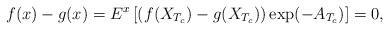
\begin{align*}f(x)-g(x)=E^x\left[(f(X_{T_c})-g(X_{T_c}))\exp(-A_{T_c})\right]=0,\end{align*}